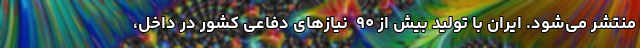
منتشر می‌شود. ایران با تولید بیش از ۹۰  نیاز‌های دفاعی کشور در داخل،